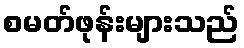
စမတ်ဖုန်းများသည်